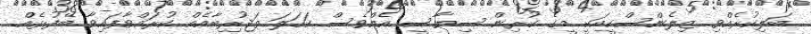
ބަލިކުރެއްވި ޒިލެންސްކީއަކީ މީގެ ކުރިން ސިޔާސީ އެއްވެސް ކަހަލަ ތަޖުރިބާއެއް ކުރައްވާފައިވާ ބޭފުޅެއް